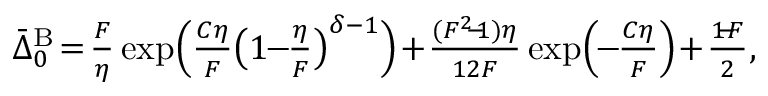
\begin{array} { r } { \bar { \Delta } _ { 0 } ^ { \mathrm { B } } \! = \! \frac { F } { \eta } \exp \! { \Big ( \frac { C \eta } { F } \big ( 1 \! \! - \! \! \frac { \eta } { F } \big ) ^ { \delta - 1 } } \Big ) \! + \! \frac { ( F ^ { 2 } \! \! - \! \! 1 ) \eta } { 1 2 F } \exp \! { \Big ( \! \! - \! \! \frac { C \eta } { F } \Big ) } \! + \! \frac { 1 \! \! - \! \! F } { 2 } , } \end{array}